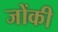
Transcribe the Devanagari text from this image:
जोंकी